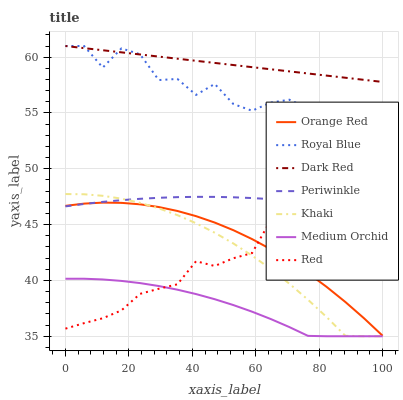
| xaxis_label | Orange Red | Royal Blue | Dark Red | Periwinkle | Khaki | Medium Orchid | Red |
 | --- | --- | --- | --- | --- | --- | --- | --- |
 | 0 | 46.7 | 61 | 61 | 46.6 | 47.7 | 40.2 | 35.7 |
 | 5.88 | 46.9 | 61 | 60.8 | 46.9 | 47.7 | 40.2 | 36.2 |
 | 11.8 | 47 | 59.1 | 60.6 | 47 | 47.6 | 40.1 | 36.6 |
 | 17.6 | 46.9 | 60.8 | 60.4 | 47.2 | 47.3 | 40 | 37.3 |
 | 23.5 | 46.8 | 60.3 | 60.2 | 47.3 | 47 | 39.8 | 38.8 |
 | 29.4 | 46.6 | 57.9 | 60.1 | 47.4 | 46.5 | 39.5 | 39.3 |
 | 35.3 | 46.2 | 58.1 | 59.9 | 47.5 | 45.8 | 39.2 | 39.7 |
 | 41.2 | 45.8 | 56.6 | 59.7 | 47.5 | 45.1 | 38.8 | 41.7 |
 | 47.1 | 45.2 | 57.6 | 59.5 | 47.5 | 44.3 | 38.3 | 41.3 |
 | 52.9 | 44.5 | 55.8 | 59.3 | 47.4 | 43.3 | 37.8 | 42 |
 | 58.8 | 43.7 | 55.2 | 59.1 | 47.4 | 42.2 | 37.2 | 42.4 |
 | 64.7 | 42.8 | 55.9 | 58.9 | 47.3 | 41 | 36.5 | 45.4 |
 | 70.6 | 41.8 | 56.2 | 58.7 | 47.2 | 39.7 | 35.8 | 45.3 |
 | 76.5 | 40.7 | 55.4 | 58.5 | 47 | 38.3 | 35 | 45.1 |
 | 82.4 | 39.4 | 54.6 | 58.3 | 46.8 | 36.7 | 35 | 47.5 |
 | 88.2 | 38.1 | 52.8 | 58.2 | 46.6 | 35 | 35 | 46.6 |
 | 94.1 | 36.6 | 54.4 | 58 | 46.3 | 35 | 35 | 49.6 |
 | 100 | 35 | 53.4 | 57.8 | 46 | 35 | 35 | 50 |